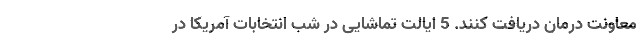
معاونت درمان دریافت کنند. 5 ایالت تماشایی در شب انتخابات آمریکا در